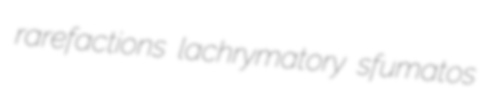
rarefactions lachrymatory sfumatos